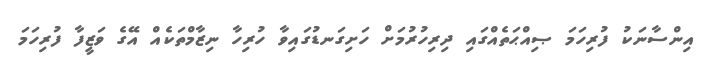
އިންސާނަކު ފުރިހަމަ ޞިއްޙަތެއްގައި ދިރިހުރުމަށް ހަށިގަނޑުގައިވާ ހުރިހާ ނިޒާމްތަކެއް އޭގެ ވަޒީފާ ފުރިހަމަ